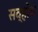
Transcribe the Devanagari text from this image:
सव्होय